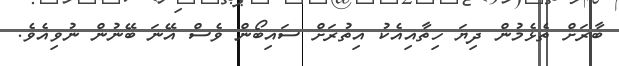
ބާރަށް ތެޅެމުން ދިޔަ ހިތާއިއެކު އިތުރަށް ސައިބޯން ވެސް އޭނަ ބޭނުން ނުވިއެވެ.